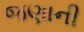
જણાની